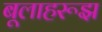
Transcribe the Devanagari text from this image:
बूलाहरूझ